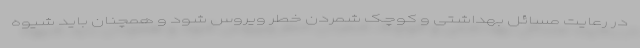
در رعایت مسائل بهداشتی و کوچک شمردن خطر ویروس شود و همچنان باید شیوه